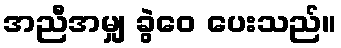
အညီအမျှ ခွဲဝေ ပေးသည်။